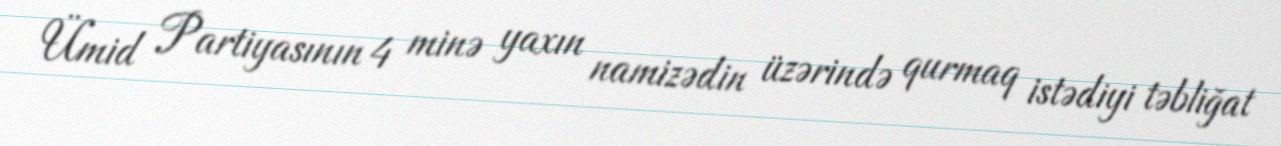
Ümid Partiyasının 4 minə yaxın namizədin üzərində qurmaq istədiyi təbliğat